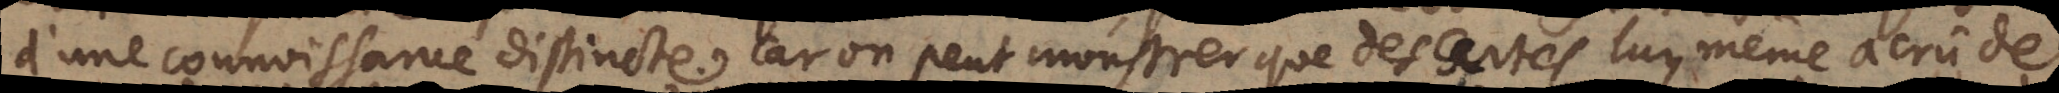
d’une connoissance distincte. Car on peut monstrer que des Cartes luy même a crû de